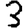
Digit: 3